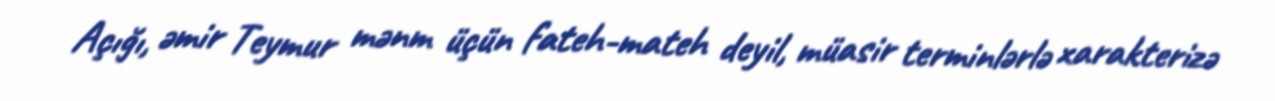
Açığı, əmir Teymur mənm üçün fateh-mateh deyil, müasir terminlərlə xarakterizə